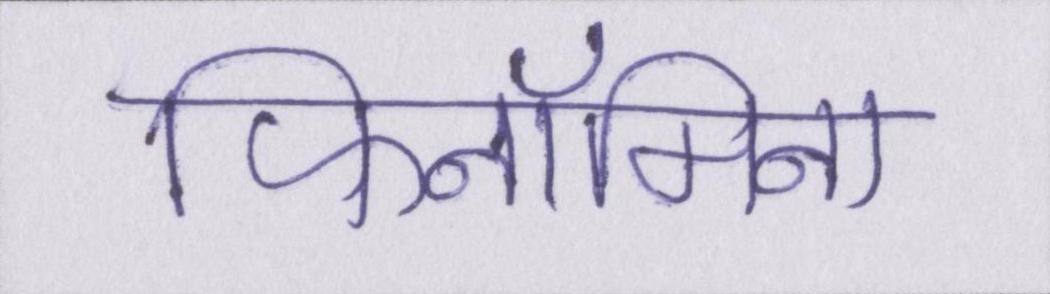
फिनॉमिना